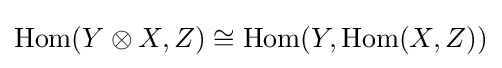
\operatorname {Hom} (Y\otimes X,Z)\cong \operatorname {Hom} (Y,\operatorname {Hom} (X,Z))